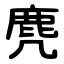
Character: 麂